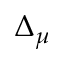
\Delta _ { \mu }